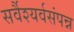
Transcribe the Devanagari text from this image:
सर्वैश्यर्वसंपन्न